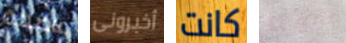
عاصمة أخبرونى كانت مؤقتا